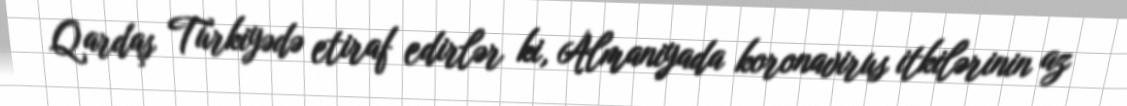
Qardaş Türkiyədə etiraf edirlər ki, Almaniyada koronavirus itkilərinin az